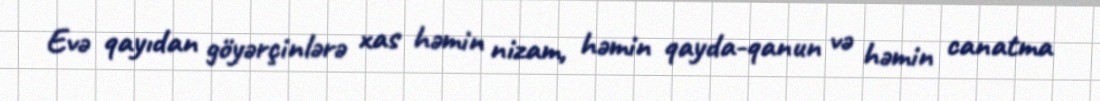
Evə qayıdan göyərçinlərə xas həmin nizam, həmin qayda-qanun və həmin canatma